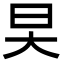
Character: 旲